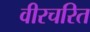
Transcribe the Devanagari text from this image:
वीरचरित